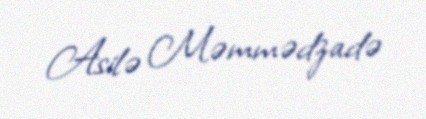
Asilə Məmmədzadə